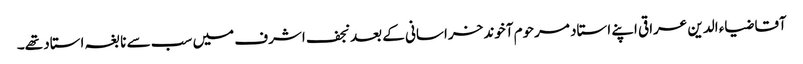
آقا ضیاء الدین عراقی اپنے استاد مرحوم آخوند خراسانی کے بعد نجف اشرف میں سب سے نابغہ استاد تھے۔